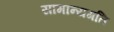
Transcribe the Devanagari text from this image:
सामान्यगति